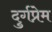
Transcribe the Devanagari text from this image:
दुर्गप्रेम